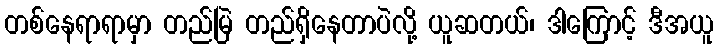
တစ်နေရာရာမှာ တည်မြဲ တည်ရှိနေတာပဲလို့ ယူဆတယ်၊ ဒါကြောင့် ဒီအယူ